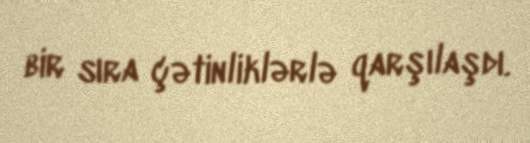
bir sıra çətinliklərlə qarşılaşdı.